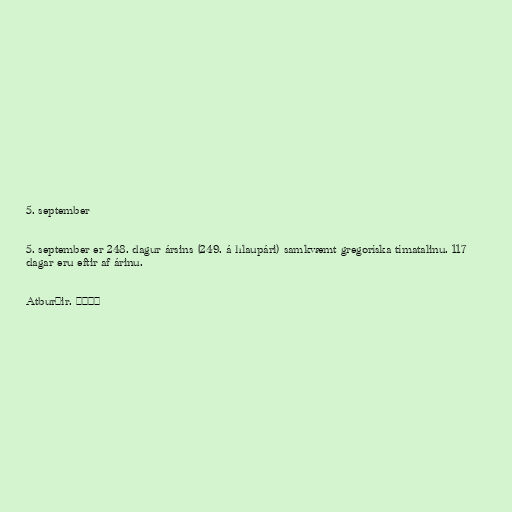
5. september

5. september er 248. dagur ársins (249. á hlaupári) samkvæmt gregoríska tímatalinu. 117
dagar eru eftir af árinu.

Atburðir. °°°°